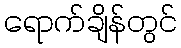
ရောက်ချိန်တွင်